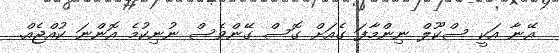
އޭނާ އަކީ ސްކޫލް ނިންމާފަ ގެއަށް ގޮސް ގޭންވެސް ނުނިކުމެ އޮންނަ ކުއްޖެއް.